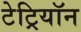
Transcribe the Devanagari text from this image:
टेट्रियॉन